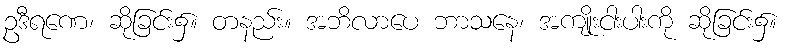
ဥဒီရဏေ၊ ဆိုခြင်း၌။ တနည်း။ အဘိလာပေ ဘာသနေ၊ အကျိုးငါးပါးကို ဆိုခြင်း၌။